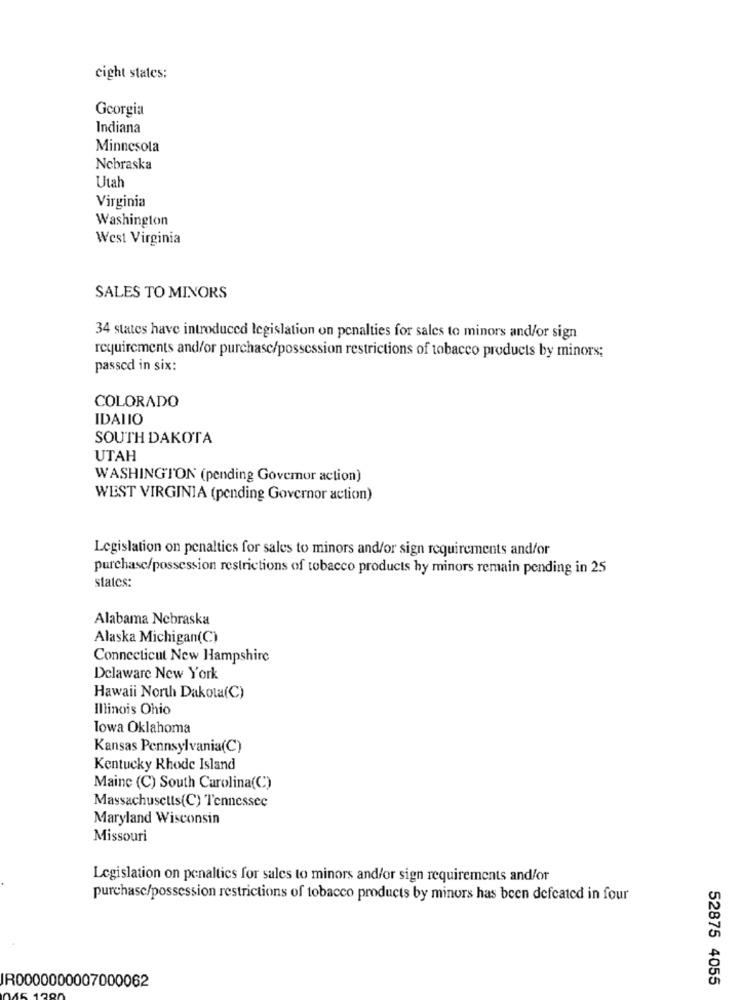
cight states:
Georgia
Indiana
Minnesota
Nebraska
Utah
Virginia
Washington
West Virginia
SALES TO MINORS
34 states have introduced legislation on penalties for sales to minors and/or sign
requirements and/or purchase/possession restrictions of tobacco products by minors;
passed in six:
COLORADO
IDALIO
SOUTH DAKOTA
UTAH
WASHINGTON (pending Govemor action)
WEST VIRGINIA (pending Governor action)
Legislation on penalties for sales to minors and/or sign requirements and/or
purchasc/possession restrictions of tobacco products by minors remain pending in 25
states:
Alabama Nebraska
Alaska Michigan(C)
Connecticut New Hampshire
Delaware New York
Hawaii North Dakota(C)
Illinois Ohio
Towa Oklahoma
Kansas Pennsylvania(C)
Kentucky Rhode Island
Maine (C) South Carolina(C)
Massachusetts(C) Tennessee
Maryland Wisconsin
Missouri
Legislation on penalties for sales to minors and/or sign requirements and/or
purchase/possession restrictions of tobacco products by minors has been defeated in four
52875 4055
IR0000000007000062